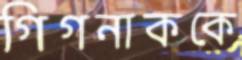
গিগনাককে